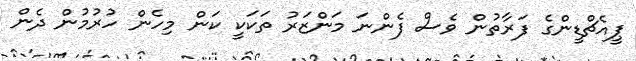
ޕީއެޗްޑީންގެ ފަރާތުން ވެސް ފެންނަ މަންޒަރު ތަކަކީ ކަން މިހެން ހުރުމުން ދެން